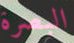
البصرة